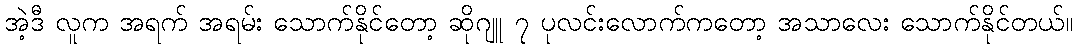
အဲ့ဒီ လူက အရက် အရမ်း သောက်နိုင်တော့ ဆိုဂျူ ၇ ပုလင်းလောက်ကတော့ အသာလေး သောက်နိုင်တယ်။